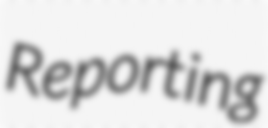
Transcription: Reporting